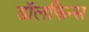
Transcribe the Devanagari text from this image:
डॉलफिन्स